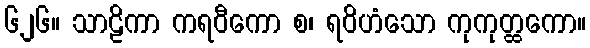
၆၂၆။ သာဠိကာ ကရဝီကော စ၊ ရဝိဟံသော ကုကုတ္ထကော။